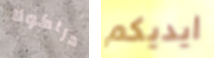
دراكولا ايديكم